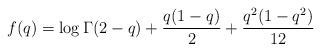
LaTeX: \begin{align*}f(q) = \log\Gamma(2-q) + \frac{q(1-q)}{2} + \frac{q^2(1-q^2)}{12}\end{align*}